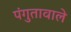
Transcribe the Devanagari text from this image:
पंगुतावाले